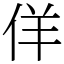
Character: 佯